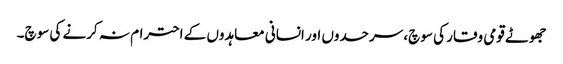
جھوٹے قومی وقار کی سوچ، سرحدوں اور انسانی معاہدوں کے احترام نہ کرنے کی سوچ۔